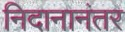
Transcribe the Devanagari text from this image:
निदानानंतर